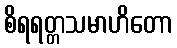
စိရရတ္တသမာဟိတော